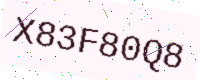
Text: X83F80Q8